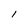
Character: I